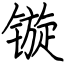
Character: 镟